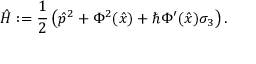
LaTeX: \hat { H } : = \frac { 1 } { 2 } \left( \hat { p } ^ { 2 } + \Phi ^ { 2 } ( \hat { x } ) + \hbar \Phi ^ { \prime } ( \hat { x } ) \sigma _ { 3 } \right) .